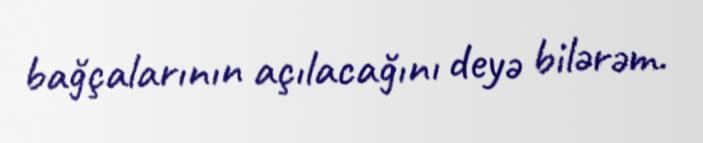
bağçalarının açılacağını deyə bilərəm.